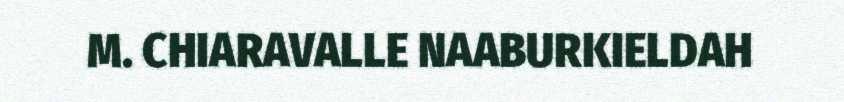
M. CHIARAVALLE NAABURKIELDAH